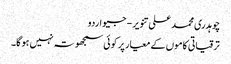
چوہدری محمد علی تنویر - جیو اردو
ترقیاتی کاموں کے معیار پر کوئی سمجھوتہ نہیں ہو گا۔